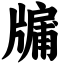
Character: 牖